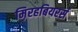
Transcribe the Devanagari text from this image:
म़िरहबियरर्स